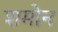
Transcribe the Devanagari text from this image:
शमोन